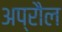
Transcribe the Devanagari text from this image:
अप्रौल